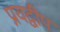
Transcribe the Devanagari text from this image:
प्रयद्वीप